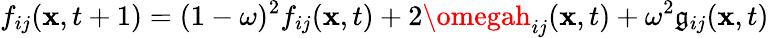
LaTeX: f_{ij}(\mathbf{x},t+1)=(1-\omega)^{2}f_{ij}(\mathbf{x},t)+2\omegah_{ij}(\mathbf{x},t)+\omega^{2}\mathfrak{g}_{ij}(\mathbf{x},t)